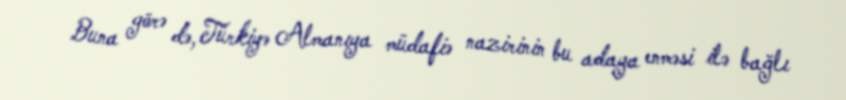
Buna görə də, Türkiyə Almanıya müdafiə nazirinin bu adaya enməsi ilə bağlı